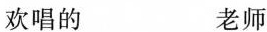
欢唱的 老师